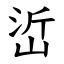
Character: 峾